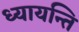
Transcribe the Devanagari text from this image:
ध्यायन्ति